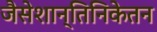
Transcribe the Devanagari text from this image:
जैसेशान्तिनिकेतन